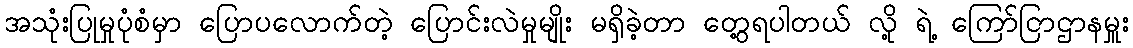
အသုံးပြုမှုပုံစံမှာ ပြောပလောက်တဲ့ ပြောင်းလဲမှုမျိုး မရှိခဲ့တာ တွေ့ရပါတယ် လို့ ရဲ့ ကြော်ငြာဌာနမှူး